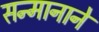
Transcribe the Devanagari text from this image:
सन्मानानें